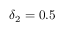
\delta _ { 2 } = 0 . 5